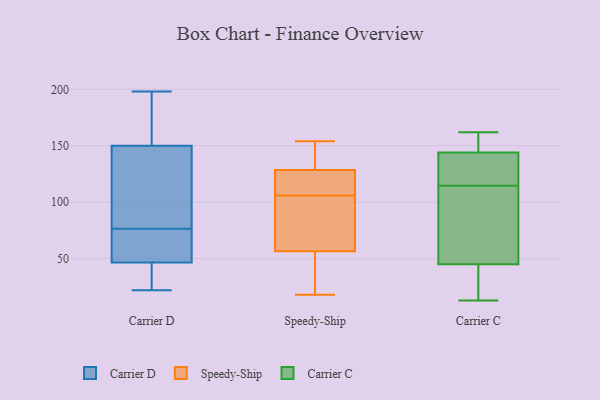
{"axis": {"x": "Energy Usage (MWh)", "y": "Value"}, "legend": ["Carrier C", "Carrier D", "Speedy-Ship"], "data": [{"x": "", "y": 79, "type": "Carrier D"}, {"x": "", "y": 97, "type": "Carrier D"}, {"x": "", "y": 22, "type": "Carrier D"}, {"x": "", "y": 177, "type": "Carrier D"}, {"x": "", "y": 198, "type": "Carrier D"}, {"x": "", "y": 153, "type": "Carrier D"}, {"x": "", "y": 45, "type": "Carrier D"}, {"x": "", "y": 74, "type": "Carrier D"}, {"x": "", "y": 34, "type": "Carrier D"}, {"x": "", "y": 71, "type": "Carrier D"}, {"x": "", "y": 147, "type": "Carrier D"}, {"x": "", "y": 22, "type": "Carrier D"}, {"x": "", "y": 178, "type": "Carrier D"}, {"x": "", "y": 160, "type": "Carrier D"}, {"x": "", "y": 64, "type": "Carrier D"}, {"x": "", "y": 46, "type": "Carrier D"}, {"x": "", "y": 119, "type": "Carrier D"}, {"x": "", "y": 47, "type": "Carrier D"}, {"x": "", "y": 73, "type": "Carrier D"}, {"x": "", "y": 139, "type": "Carrier D"}, {"x": "", "y": 131, "type": "Speedy-Ship"}, {"x": "", "y": 32, "type": "Speedy-Ship"}, {"x": "", "y": 46, "type": "Speedy-Ship"}, {"x": "", "y": 58, "type": "Speedy-Ship"}, {"x": "", "y": 18, "type": "Speedy-Ship"}, {"x": "", "y": 154, "type": "Speedy-Ship"}, {"x": "", "y": 125, "type": "Speedy-Ship"}, {"x": "", "y": 90, "type": "Speedy-Ship"}, {"x": "", "y": 101, "type": "Speedy-Ship"}, {"x": "", "y": 122, "type": "Speedy-Ship"}, {"x": "", "y": 151, "type": "Speedy-Ship"}, {"x": "", "y": 63, "type": "Speedy-Ship"}, {"x": "", "y": 131, "type": "Speedy-Ship"}, {"x": "", "y": 126, "type": "Speedy-Ship"}, {"x": "", "y": 142, "type": "Speedy-Ship"}, {"x": "", "y": 55, "type": "Speedy-Ship"}, {"x": "", "y": 64, "type": "Speedy-Ship"}, {"x": "", "y": 49, "type": "Speedy-Ship"}, {"x": "", "y": 111, "type": "Speedy-Ship"}, {"x": "", "y": 113, "type": "Speedy-Ship"}, {"x": "", "y": 44, "type": "Carrier C"}, {"x": "", "y": 126, "type": "Carrier C"}, {"x": "", "y": 92, "type": "Carrier C"}, {"x": "", "y": 162, "type": "Carrier C"}, {"x": "", "y": 13, "type": "Carrier C"}, {"x": "", "y": 17, "type": "Carrier C"}, {"x": "", "y": 140, "type": "Carrier C"}, {"x": "", "y": 139, "type": "Carrier C"}, {"x": "", "y": 150, "type": "Carrier C"}, {"x": "", "y": 103, "type": "Carrier C"}, {"x": "", "y": 153, "type": "Carrier C"}, {"x": "", "y": 83, "type": "Carrier C"}, {"x": "", "y": 144, "type": "Carrier C"}, {"x": "", "y": 26, "type": "Carrier C"}, {"x": "", "y": 74, "type": "Carrier C"}, {"x": "", "y": 132, "type": "Carrier C"}, {"x": "", "y": 153, "type": "Carrier C"}, {"x": "", "y": 45, "type": "Carrier C"}]}